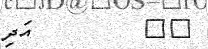
٣٨         އަދި